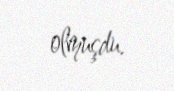
olmuşdu.